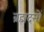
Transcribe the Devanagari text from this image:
ब्रह्मदत्तों